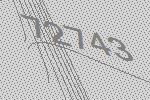
72743